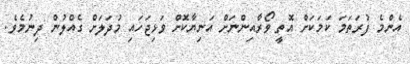
އެންމެ ފުރަތަމަ ކަމަކަށް އޮތީ ވޯރާއިންނަށް އަނިޔާކޮށް ވަޅިޖަހައި މުދަލަށް ގެއްލުން ދިނުމެވެ.